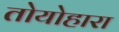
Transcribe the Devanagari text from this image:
तोयोहारा